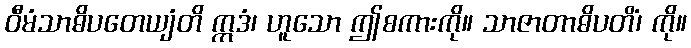
ဝီမံသာဓိပတေယျံတိ ဣဒံ၊ ဟူသော ဤစကားကို။ သာဇာတာဓိပတိံ၊ ကို။